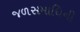
જળસમાધિની